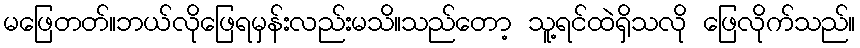
မဖြေတတ်။ဘယ်လိုဖြေရမှန်းလည်းမသိ။သည်တော့ သူ့ရင်ထဲရှိသလို ဖြေလိုက်သည်။